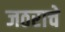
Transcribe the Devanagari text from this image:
जठराचे